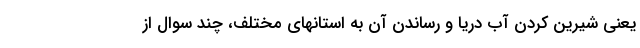
یعنی شیرین کردن آب دریا و رساندن آن به استانهای مختلف، چند سوال از